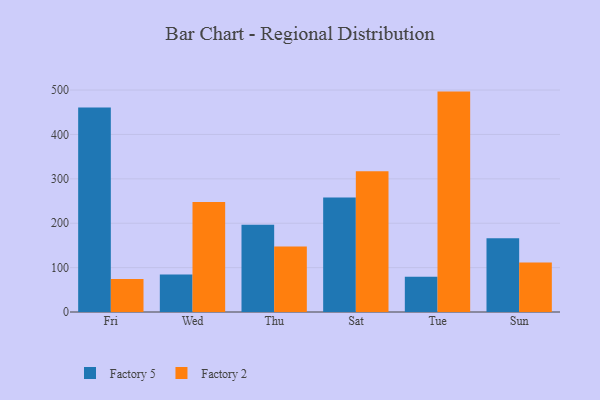
{"axis": {"x": "Day", "y": "Page Views"}, "legend": ["Factory 2", "Factory 5"], "data": [{"x": "Fri", "y": 460.9, "type": "Factory 5"}, {"x": "Fri", "y": 74.1, "type": "Factory 2"}, {"x": "Wed", "y": 84.2, "type": "Factory 5"}, {"x": "Wed", "y": 247.8, "type": "Factory 2"}, {"x": "Thu", "y": 196.5, "type": "Factory 5"}, {"x": "Thu", "y": 147.5, "type": "Factory 2"}, {"x": "Sat", "y": 258.1, "type": "Factory 5"}, {"x": "Sat", "y": 316.8, "type": "Factory 2"}, {"x": "Tue", "y": 79.3, "type": "Factory 5"}, {"x": "Tue", "y": 496.5, "type": "Factory 2"}, {"x": "Sun", "y": 166.0, "type": "Factory 5"}, {"x": "Sun", "y": 111.4, "type": "Factory 2"}]}